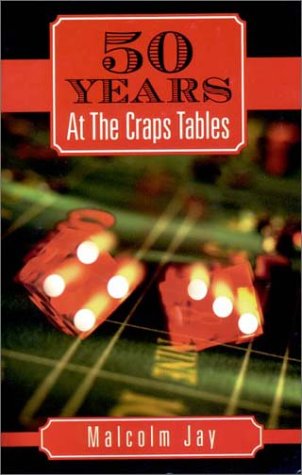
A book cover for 50 Years at the Craps Tables; Malcolm Jay; Health, Fitness & Dieting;